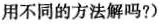
用不同的方法解吗?)